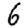
Digit: 6